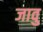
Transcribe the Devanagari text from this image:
जावु